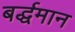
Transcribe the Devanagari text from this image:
बर्द्धमान